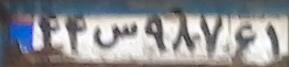
۴۴س۹۸۷۶۱